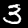
Label: 3